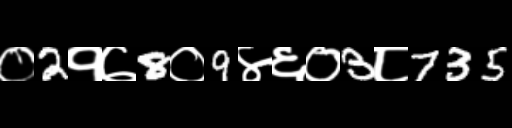
Text: ०2१७8०9४६०3८735